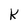
Character: K